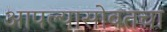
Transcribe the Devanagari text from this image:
आपल्यासोबतचा